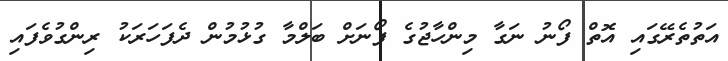
އަތުތެރޭގައި އޮތް ފޯނު ނަގާ މިންހާޖުގެ ފޯނަށް ބަލްމާ ގުޅުމުން ދެފަހަރަކު ރިންގުވެފައި